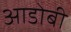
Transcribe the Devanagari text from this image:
आडोबी